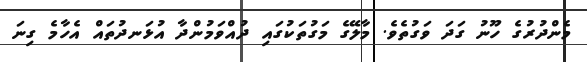
މެންދުރުގެ ހޫނު ގަދަ ވަގުތެވެ. މާލޭގެ މަގުތަކުގައި ދުއްވަމުންދާ އުޅަނދުތައް އެހާމެ ގިނަ